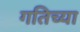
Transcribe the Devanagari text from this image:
गतिच्या